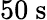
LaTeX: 50~\mathrm{s}